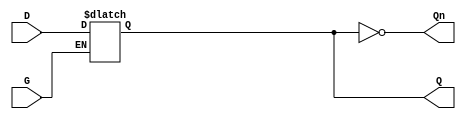
module dual_input_gated_latch (
    input wire D,    // Data input
    input wire G,    // Gating input
    output reg Q,    // Output
    output wire Qn   // Complement output
);

// Assign the complement of Q to Qn
assign Qn = ~Q;

// Always block for the gated latch behavior
always @ (G or D) begin
    if (G) begin
        Q <= D;  // Capture the data input when G is high
    end
    // If G is low, Q retains its previous value
end

endmodule